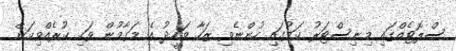
ސްލޮޓެއްގައި މިނިސްޓަރު ކަމުގައި ހުންނެވި ޒަހާ ވަހީދު އެ މަގާމުން ވަކި ކުރެއްވިކަން